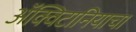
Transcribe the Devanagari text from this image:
ॲक्विटानियाचा